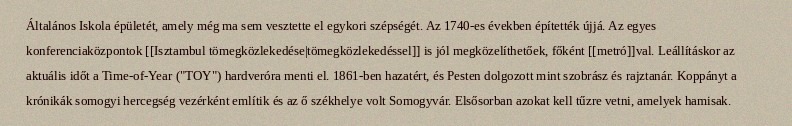
Általános Iskola épületét, amely még ma sem vesztette el egykori szépségét. Az 1740-es években építették újjá. Az egyes konferenciaközpontok [[Isztambul tömegközlekedése|tömegközlekedéssel]] is jól megközelíthetőek, főként [[metró]]val. Leállításkor az aktuális időt a Time-of-Year ("TOY") hardveróra menti el. 1861-ben hazatért, és Pesten dolgozott mint szobrász és rajztanár. Koppányt a krónikák somogyi hercegség vezérként említik és az ő székhelye volt Somogyvár. Elsősorban azokat kell tűzre vetni, amelyek hamisak.